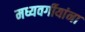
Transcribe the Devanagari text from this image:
मध्यवर्गीयांना